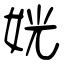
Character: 姯